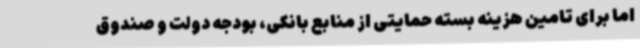
اما برای تامین هزینه بسته حمایتی از منابع بانکی، بودجه دولت و صندوق